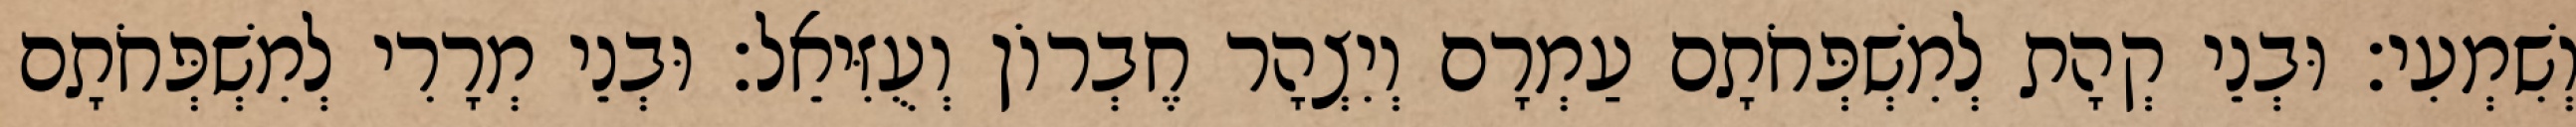
וְשִׁמְעִי׃ וּבְנֵי קְהָת לְמִשְׁפְּחֹתָם עַמְרָם וְיִצְהָר חֶבְרוֹן וְעֻזִּיאֵל׃ וּבְנֵי מְרָרִי לְמִשְׁפְּחֹתָם